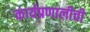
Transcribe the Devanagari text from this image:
कार्यप्रणालीची